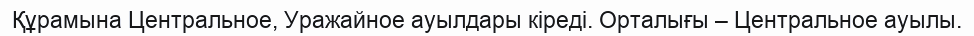
Құрамына Центральное, Уражайное ауылдары кіреді. Орталығы – Центральное ауылы.